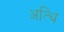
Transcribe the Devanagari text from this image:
अत्थि